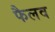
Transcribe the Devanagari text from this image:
फैलव